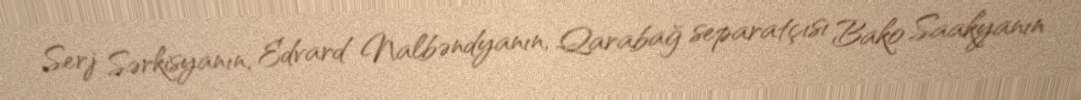
Serj Sərkisyanın, Edvard Nalbəndyanın, Qarabağ separatçısı Bako Saakyanın